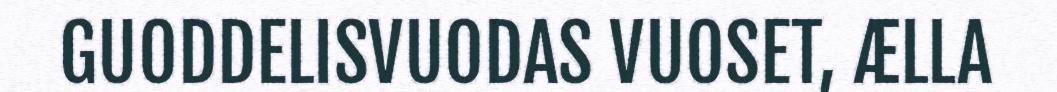
GUODDELISVUODAS VUOSET, ÆLLA